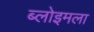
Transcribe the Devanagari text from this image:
ब्लोइमला